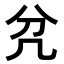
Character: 𭂭